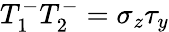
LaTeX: T_{1}^{-}T_{2}^{-}=\sigma_{z}\tau_{y}